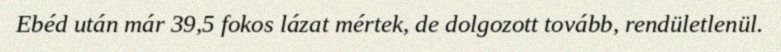
Ebéd után már 39,5 fokos lázat mértek, de dolgozott tovább, rendületlenül.